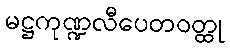
မဋ္ဌကုဏ္ဍလီပေတဝတ္ထု